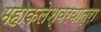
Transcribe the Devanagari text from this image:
महाकलेश्वरयात्रा